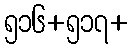
၅၁၆+၅၁၇+